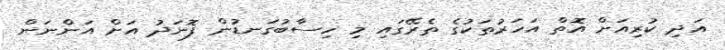
އަދި ކުރިއަށް އޮތް އަހަރުތަކުގެ ތެރޭގައި މި ހިސާބުގަނޑުން ފޮނަދު އަށް އަންނަން